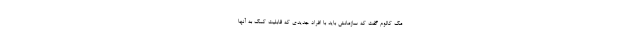
مک کالوم گفت که سازمانش باید با افراد جدیدی که قابلیت کمک به آنها